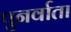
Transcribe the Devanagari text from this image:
पुनर्वाता